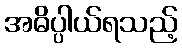
အဓိပ္ပါယ်ရသည့်